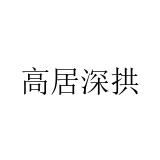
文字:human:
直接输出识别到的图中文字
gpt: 高居深拱